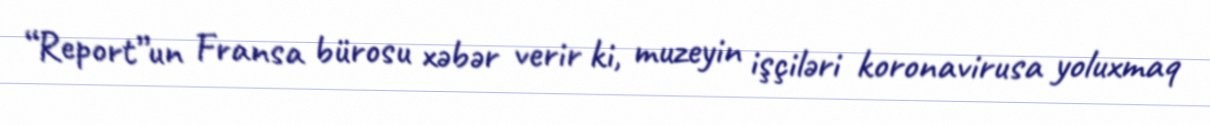
“Report”un Fransa bürosu xəbər verir ki, muzeyin işçiləri koronavirusa yoluxmaq